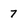
Character: 7